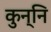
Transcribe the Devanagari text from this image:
कुन्नि